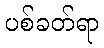
ပစ်ခတ်ရာ